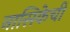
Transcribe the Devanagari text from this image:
नासिकेचीं